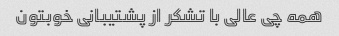
همه چی عالی با تشکر از پشتیبانی خوبتون